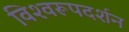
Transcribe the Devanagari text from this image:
विश्‍वरूपदर्शन